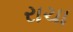
રાચા